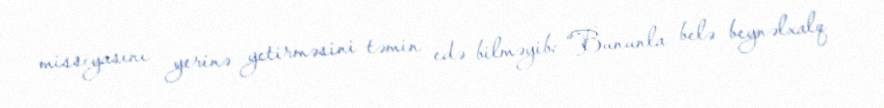
missiyasını yerinə yetirməsini təmin edə bilməyib: “Bununla belə beynəlxalq